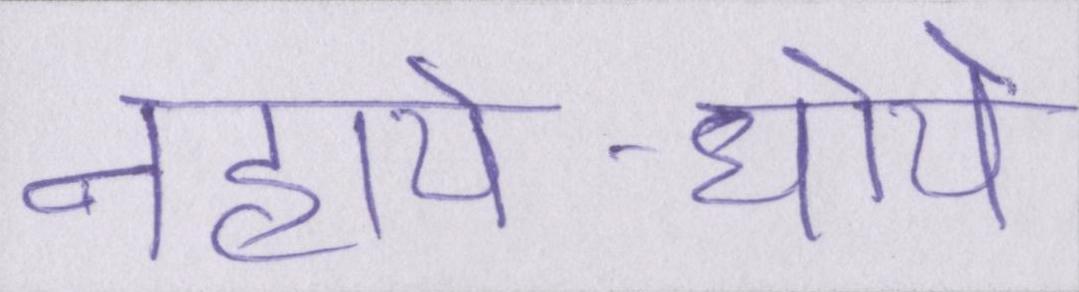
नहाये-धोये